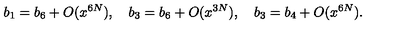
b _ { 1 } = b _ { 6 } + O ( x ^ { 6 N } ) , \quad b _ { 3 } = b _ { 6 } + O ( x ^ { 3 N } ) , \quad b _ { 3 } = b _ { 4 } + O ( x ^ { 6 N } ) .